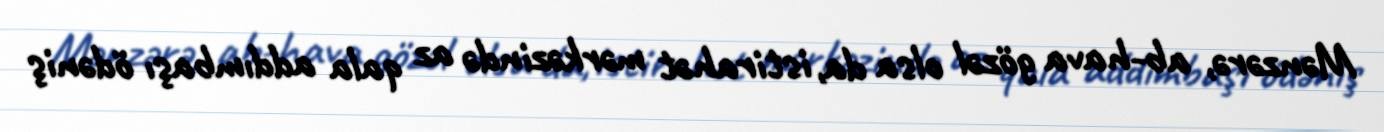
Mənzərə, ab-hava gözəl olsa da, istirahət mərkəzində az qala addımbaşı ödəniş